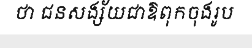
ថា ជនសង្ស័យជាឱពុកចុងរូប